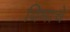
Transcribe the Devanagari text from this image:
विमाचे